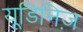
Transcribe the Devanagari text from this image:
यूडिनिज़